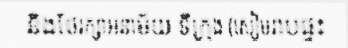
និងថែរក្សាអនាម័យ ទីក្រុង (សៀមរាបផ្ទះ